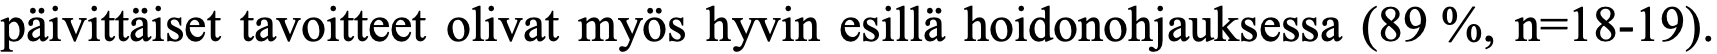
päivittäiset tavoitteet olivat myös hyvin esillä hoidonohjauksessa (89 %, n=18-19).